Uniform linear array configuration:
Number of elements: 24
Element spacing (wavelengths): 0.25
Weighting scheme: exponential
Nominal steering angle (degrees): -60
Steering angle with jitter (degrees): -61.786
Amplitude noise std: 0.05
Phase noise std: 0.05

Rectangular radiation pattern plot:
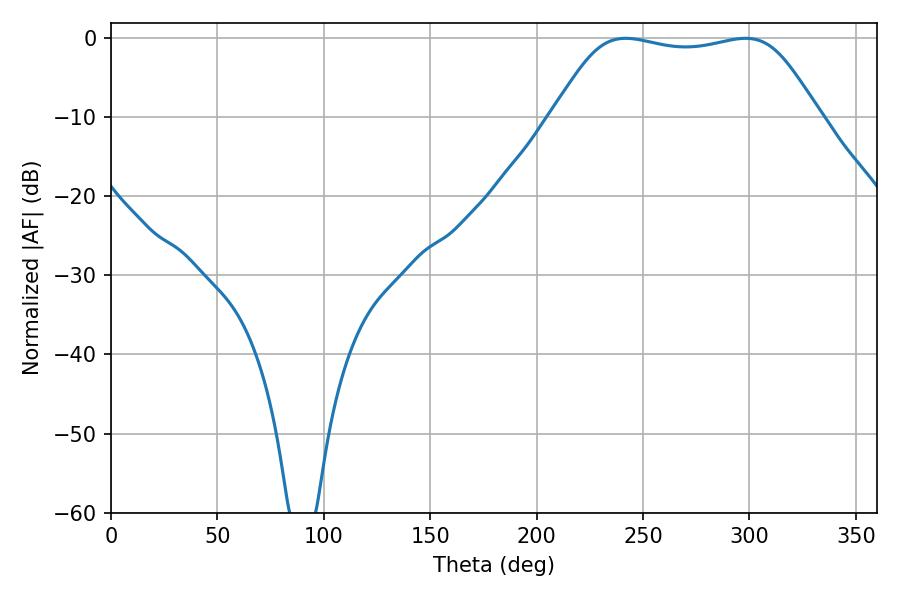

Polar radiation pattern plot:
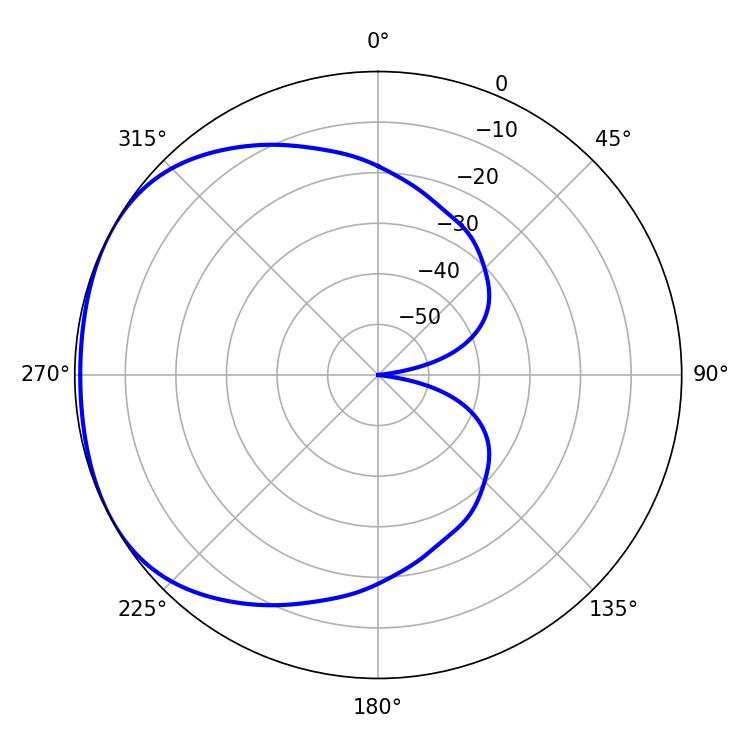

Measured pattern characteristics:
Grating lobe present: FALSE
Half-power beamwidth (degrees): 94.68
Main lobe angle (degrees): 241.92